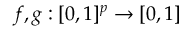
f , g : [ 0 , 1 ] ^ { p } \rightarrow [ 0 , 1 ]